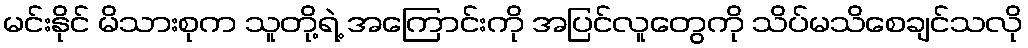
မင်းနိုင် မိသားစုက သူတို့ရဲ့ အကြောင်းကို အပြင်လူတွေကို သိပ်မသိစေချင်သလို